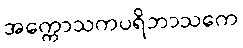
အက္ကောသကပရိဘာသကေ